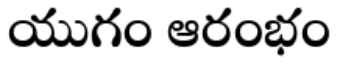
యుగం ఆరంభం